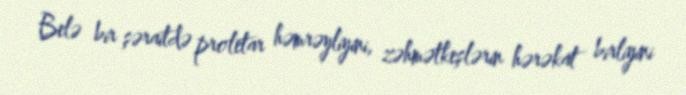
Belə bir şəraitdə proletar həmrəyliyini, zəhmətkeşlərin hərəkat birliyini